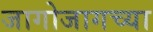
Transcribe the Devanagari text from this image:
जागोजागच्या